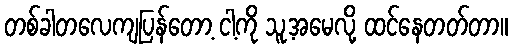
တစ်ခါတလေကျပြန်တော့ ငါ့ကို သူ့အမေလို့ ထင်နေတတ်တာ။